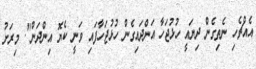
އެއްޗެހި ނެތިގެން ދިޔައީ ހުޅުޖަހާ އަންދައިގެން ހުޅުޖަހާފައި ވަނީ ކެޔޮ އިންދަން". މިރަށު